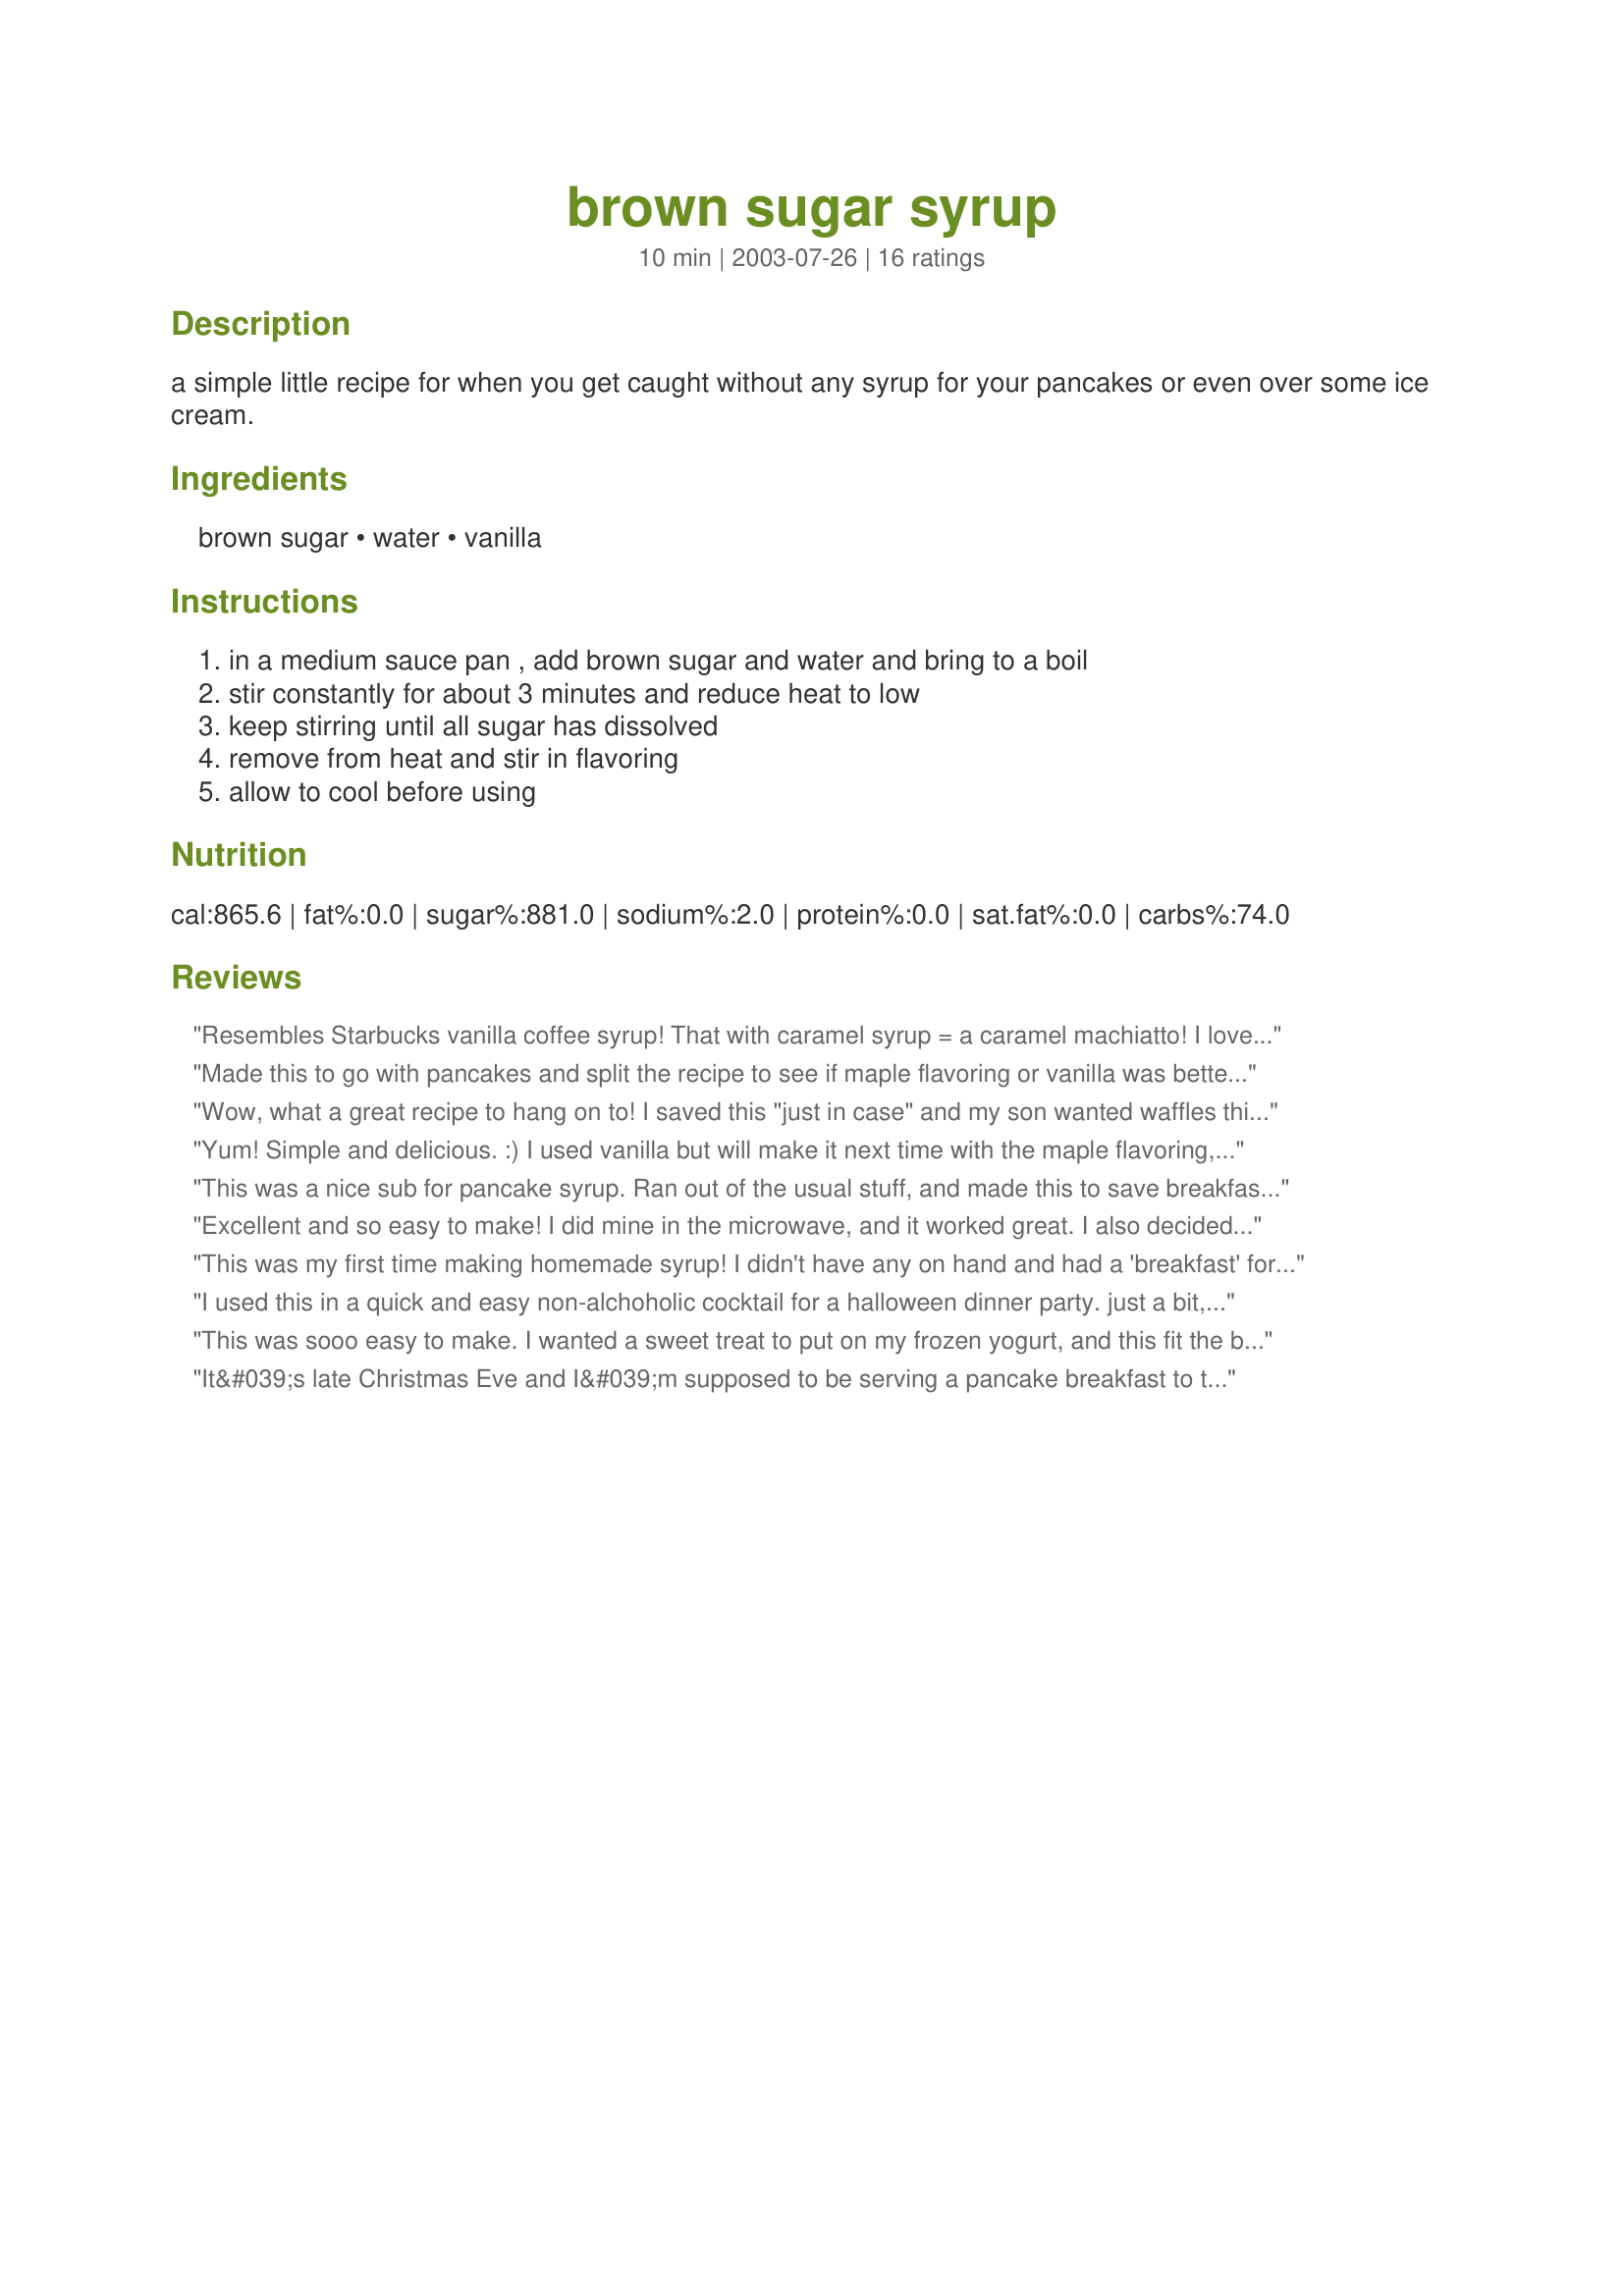
brown sugar syrup
Preparation time: 10 minutes

a simple little recipe for when you get caught without any syrup for your pancakes or even over some ice cream.

Ingredients:
brown sugar, water, vanilla

Steps:
in a medium sauce pan , add brown sugar and water and bring to a boil, stir constantly for about 3 minutes and reduce heat to low, keep stirring until all sugar has dissolved, remove from heat and stir in flavoring, allow to cool before using

Reviews:
Resembles Starbucks vanilla coffee syrup! That with caramel syrup = a caramel machiatto! I love to use these syrups for coffee, tea, etc.
Made this to go with pancakes and split the recipe to see if maple flavoring or vanilla was better. We enjoyed them both equally. Great inexpensive alternative to maple syrup, and no ukky high fructose corn syrup found in imitation products. By the way, a pound of brown sugar is closer to 2 1/4 cups. Thanks for sharing!
Wow, what a great recipe to hang on to! I saved this "just in case" and my son wanted waffles this morning and we have no maple syrup in the house. It's snowing outside, I didn't feel like getting everyone dressed to head to the store, blah blah blah, so I turned to this recipe. It's so easy to make and the taste is great. My measurements are probably off, but I reduced this drastically for fear that it wouldn't be liked and end up wasted. If you're looking to make just enough for a couple of servings, try 2/3 cup sugar, 1/2 cup water and 1/8 tsp vanilla extract. Thank you Chuck for sharing this yummy "lifesaver".
Yum! Simple and delicious. :) I used vanilla but will make it next time with the maple flavoring, I think.
This was a nice sub for pancake syrup. Ran out of the usual stuff, and made this to save breakfast! I did make it with vanilla, so it was rich, but will get maple extract for next time. It was tasty. Thanks!
Excellent and so easy to make! I did mine in the microwave, and it worked great. I also decided to decrease the water to 1 cup for a thicker syrup. It thickens when it cools, so at that point it was about the same consistency as regular pancake syrup. I used vanilla and it was really delicious; I doubt I'll buy pancake syrup again!
This was my first time making homemade syrup! I didn't have any on hand and had a 'breakfast' for lunch menu planned today for hubby and I. I halved the recipe since there's only 2 of us (and 8 pancakes) and used vanilla extract. It was delicious!! We had it over the pancakes and sprinkled a little powdered sugar on top. A keeper!!
I used this in a quick and easy non-alchoholic cocktail for a halloween dinner party. just a bit, maybe a teaspoon mixed into a glass with 1/3 unsweetened cranberry juice and 2/3s soda water. The brown sugar and vanilla added just the right of complexity, and was more interesting than your standard simple syrup!
This was sooo easy to make. I wanted a sweet treat to put on my frozen yogurt, and this fit the bill. I halved the recipe, and used vanilla extract. Thanks Chuck, for an easy sweet treat that's so easy to make!
It&#039;s late Christmas Eve and I&#039;m supposed to be serving a pancake breakfast to the in-law&#039;s in the morning. Being low on syrup I looked up this recipe and found it to be a lifesaver and downright tasty! It is thin like maple syrup. Like another reviewer I only added 1 cup of water to make it a bit thicker and included 1 teaspoon of butter. Dee-licious!
I have made a lot of syrup in my lifetime and this was the best of all. It had a very good flavor and very easy to make. Will continue to make it.
oohh this was good ! I ran out of pancake syrup and was so lazy to go the supermarket, came onto zaar and found this recipe!! I think this is going to be a keeper!:) I'ts very economical and tastes great over pancakes and waffles. Thank you !
Most all of us LOVED it. I used vanilla and thought it was great. I do not always want a maple flavoring and this was a great change. I did add a small amount of butter when I added the vanilla. I may use this for all my pancakes.
I copied this recipe a while back to be used in case of an emergency,and guess what,the time to use it came up yesterday,This was easier and cheaper than buying syrup,and it was delicious on top of that,so how could I go wrong?Thanks,Darlene
Made this syrup this morning to go with Ellen Brody's pancake recipe and it was a hit. I added about a teaspoon each of butter and vanilla and it was excellent. FYI this does have a thinner consistency, more like that of real maple syrup. Thanks, Chuck! It's a keeper!
This is very economical and tastes great with the maple flavoring. We usually buy the imitation maple syrup for the kids since they use so much, and I think this is much better tasting. Thanks!
